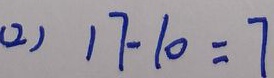
( 2 ) 1 7 - 1 0 = 7